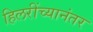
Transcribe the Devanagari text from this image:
हिलरींच्यानंतर